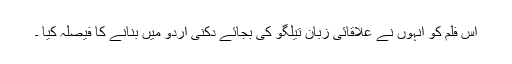
اس فلم کو انہوں نے علاقائی زبان تیلگو کی بجائے دکنی اُردو میں بنانے کا فیصلہ کیا ۔